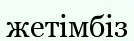
жетімбіз